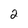
Character: 2